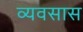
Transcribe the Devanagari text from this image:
व्यवसास